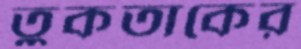
তুকতাকের